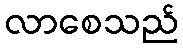
လာစေသည်